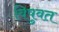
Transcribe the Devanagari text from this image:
विषुवत